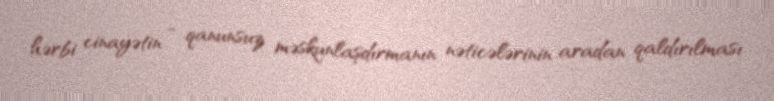
hərbi cinayətin - qanunsuz məskunlaşdırmanın nəticələrinin aradan qaldırılması